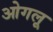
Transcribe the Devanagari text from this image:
ओगलू